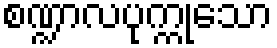
စဏ္ဍာလပုက္ကုသော